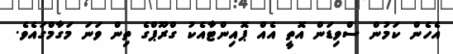
އެހެން ކަމުން ސްވިޑަން އޮތީ އެއް ޕޮއިންޓާއެކު ގްރޫޕްގެ ތިން ވަނަ މަގާމްގައެވެ.